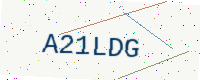
Text: A21LDG